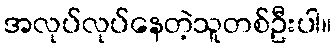
အလုပ်လုပ်နေတဲ့သူတစ်ဦးပါ။